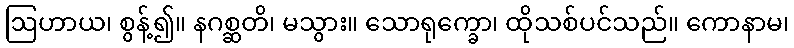
ဩဟာယ၊ စွန့်၍။ နဂစ္ဆတိ၊ မသွား။ သောရုက္ခော၊ ထိုသစ်ပင်သည်။ ကောနာမ၊